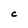
Character: c